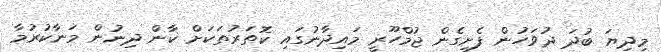
މިދިޔަ ބުދަ ދުވަހުން ފެށިގެން ޖުމްހޫރީ މައިދާނުގައި ކޮތަރުތަކަށް ކާން ދިނުން މަނާކުރުމާ